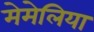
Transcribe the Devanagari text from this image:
मेमेलिया